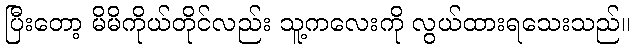
ပြီးတော့ မိမိကိုယ်တိုင်လည်း သူ့ကလေးကို လွယ်ထားရသေးသည်။